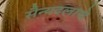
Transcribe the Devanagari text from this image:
सैन्यदलाचे